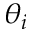
\theta _ { i }